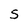
Character: S